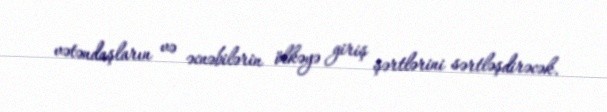
vətəndaşların və əcnəbilərin ölkəyə giriş şərtlərini sərtləşdirəcək.